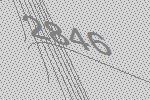
2846